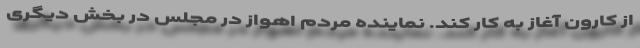
از کارون آغاز به کار کند. نماینده مردم اهواز در مجلس در بخش دیگری